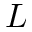
L